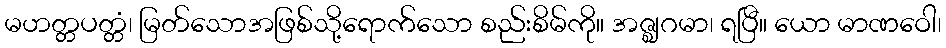
မဟတ္တပတ္တံ၊ မြတ်သောအဖြစ်သို့ရောက်သော စည်းစိမ်ကို။ အဇ္ဈဂမာ၊ ရပြီ။ ယော မာဏဝေါ၊